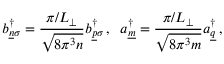
b _ { \underline { { { n } } } \sigma } ^ { \dagger } = \frac { \pi / L _ { \perp } } { \sqrt { 8 \pi ^ { 3 } n } } b _ { \underline { { { p } } } \sigma } ^ { \dagger } \, , \; \; a _ { \underline { { { m } } } } ^ { \dagger } = \frac { \pi / L _ { \perp } } { \sqrt { 8 \pi ^ { 3 } m } } a _ { \underline { { { q } } } } ^ { \dagger } \, , \; \;